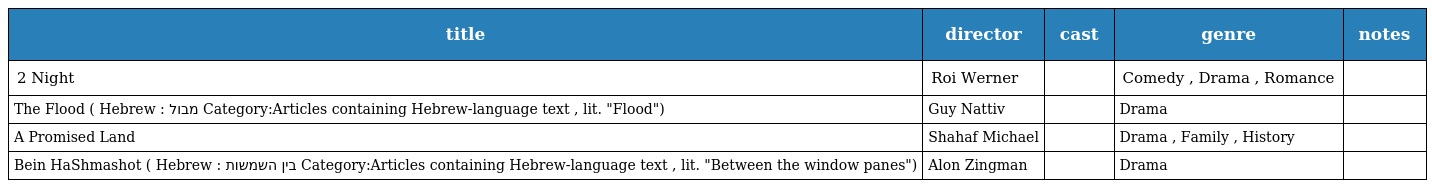
| title | director | cast | genre | notes |
 | --- | --- | --- | --- | --- |
 | 2 Night | Roi Werner |  | Comedy , Drama , Romance |  |
 | The Flood ( Hebrew : מבול Category:Articles containing Hebrew-language text , lit. "Flood") | Guy Nattiv |  | Drama |  |
 | A Promised Land | Shahaf Michael |  | Drama , Family , History |  |
 | Bein HaShmashot ( Hebrew : בין השמשות Category:Articles containing Hebrew-language text , lit. "Between the window panes") | Alon Zingman |  | Drama |  |